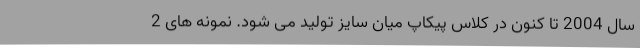
سال 2004 تا کنون در کلاس پیکاپ میان سایز تولید می شود. نمونه های 2